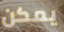
يمكن